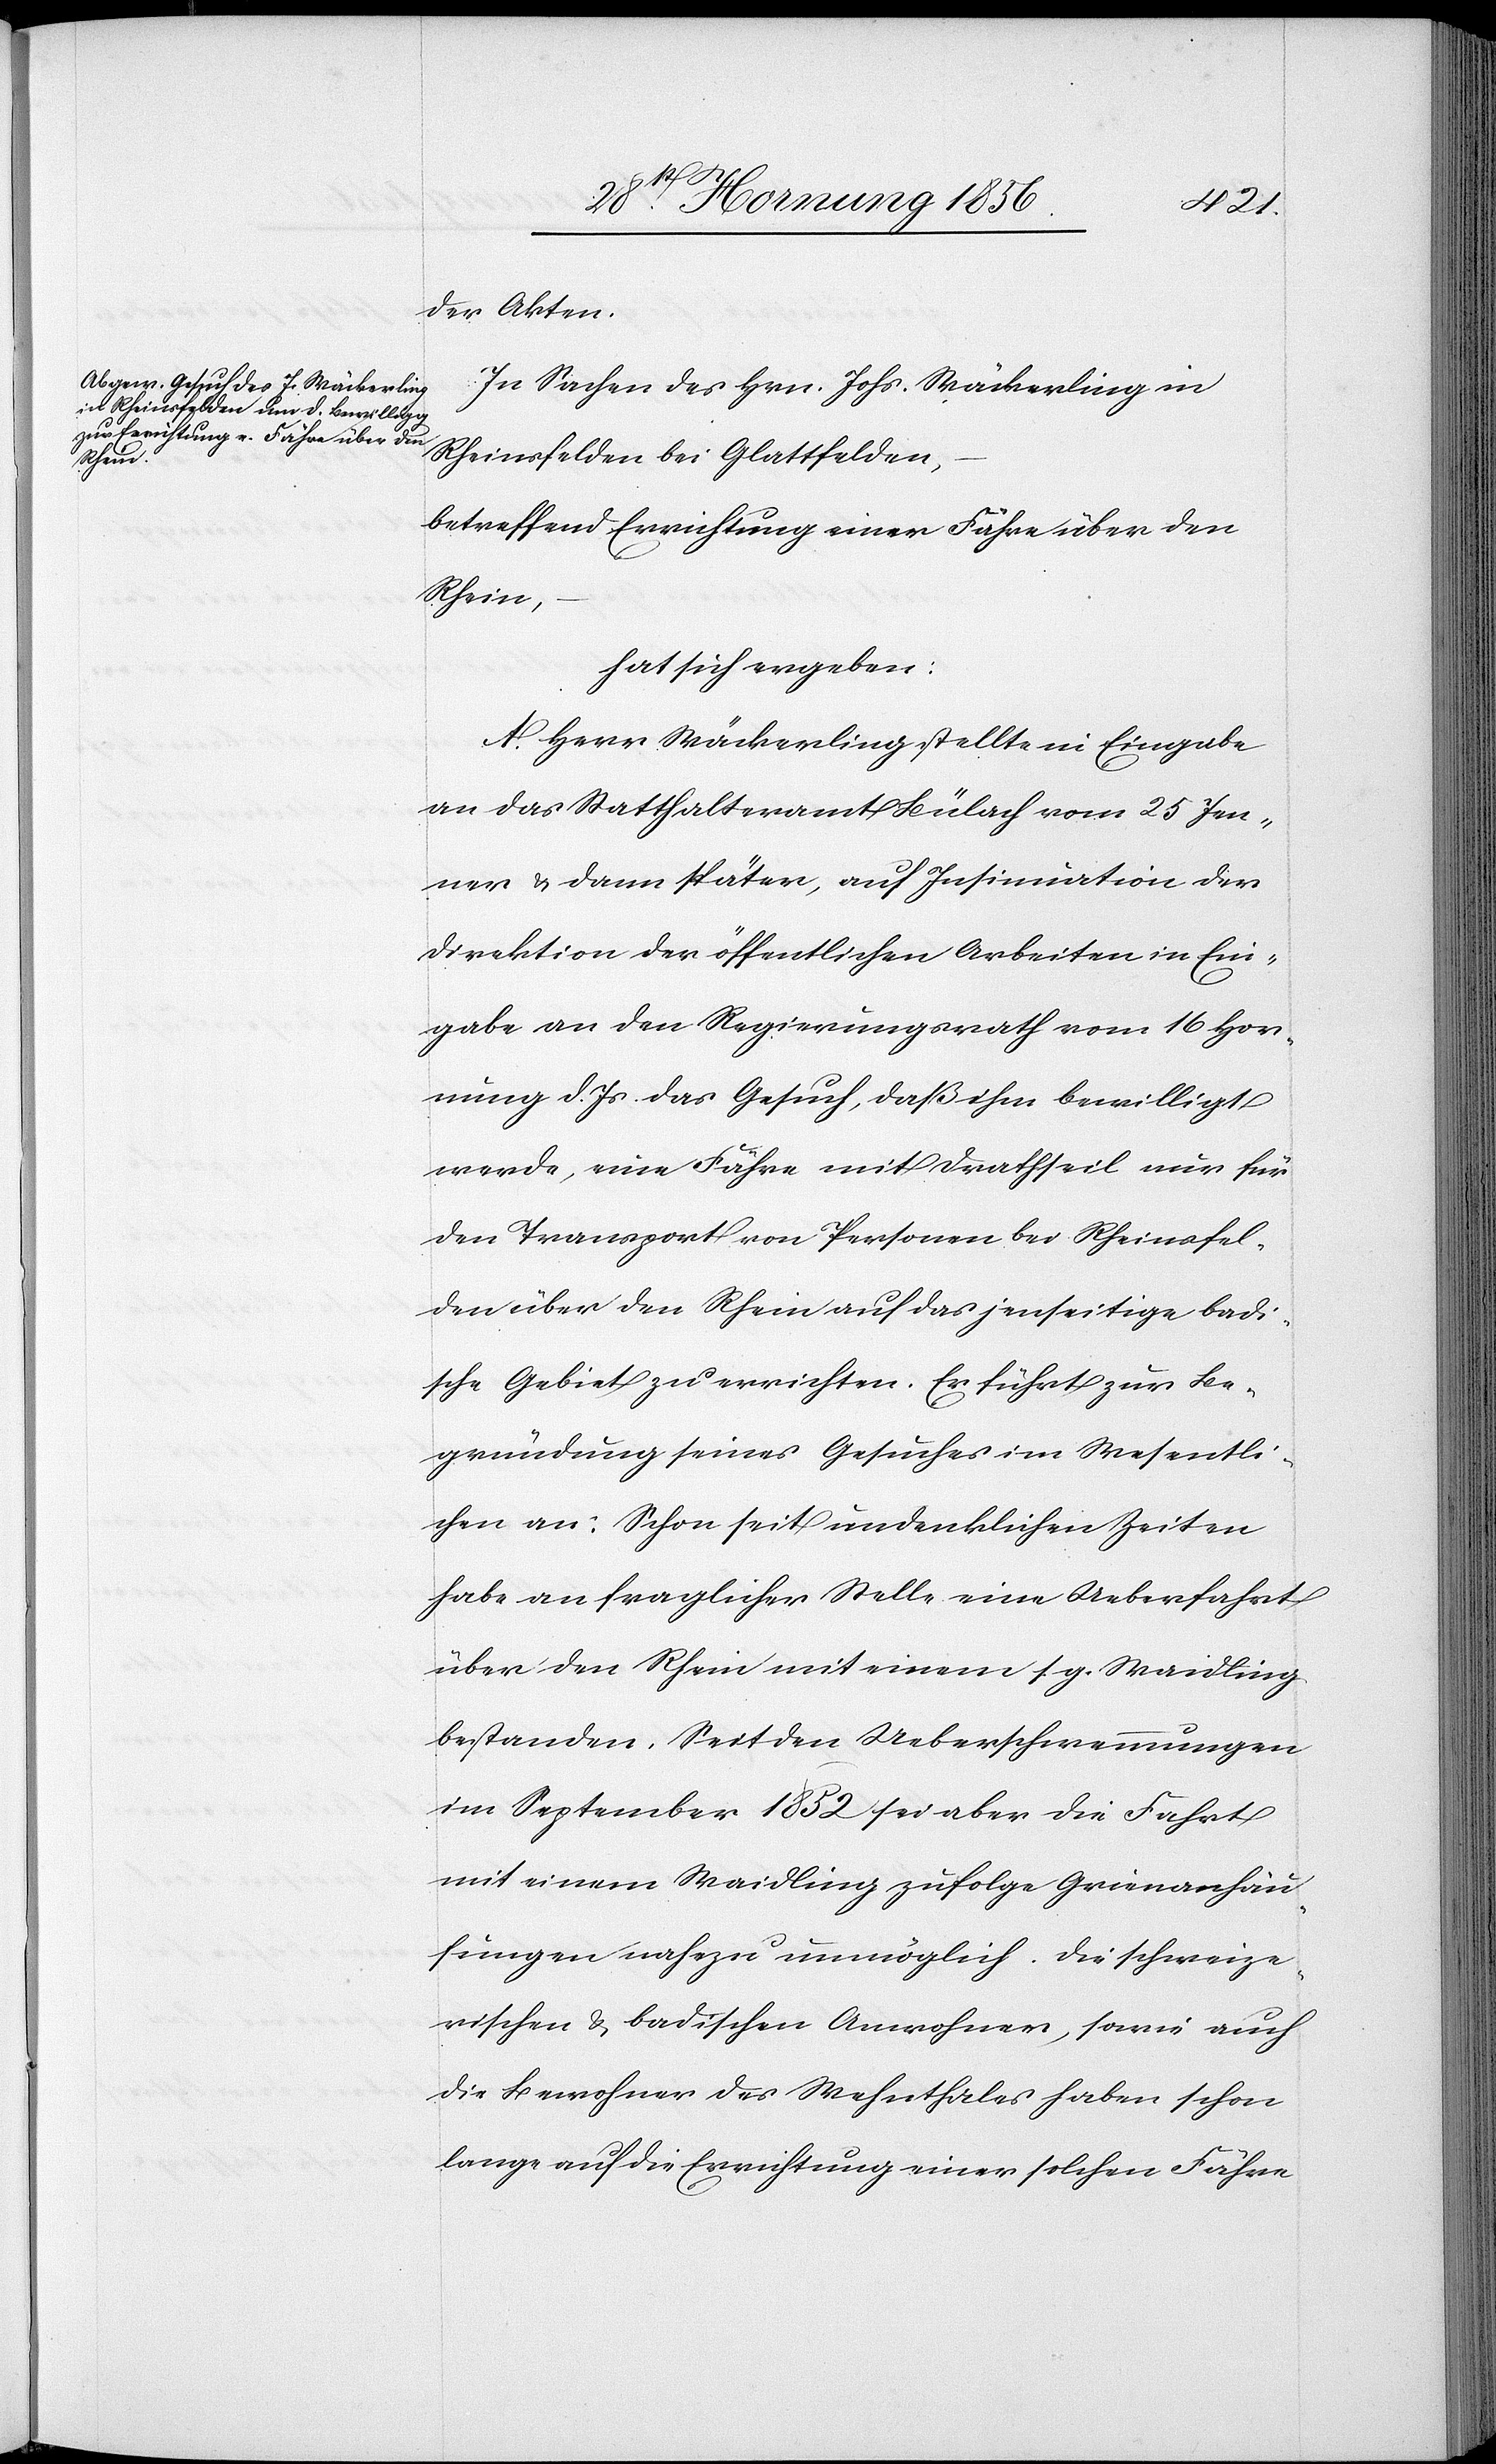
der Akten.
In Sachen des Hrn. Johs. Wäckerling in
Rheinsfelden bei Glattfelden,
betreffend Errichtung einer Fähre über den
Rhein,
hat sich ergeben:
A. Herr Wäckerling stellte in Eingabe
an das Statthalteramt Bülach vom 25 Jen¬
ner & dann später, auf Insinuation der
Direktion der öffentlichen Arbeiten in Ein¬
gabe an den Regierungsrath vom 16 Hor¬
nung d. Js. das Gesuch, daß ihm bewilligt
werde, eine Fähre mit Drathseil nur für
den Transport von Personen bei Rheinsfel¬
den über den Rhein auf das jenseitige badi¬
sche Gebiet zu errichten. Er führt zur Be¬
gründung seines Gesuches im Wesentli¬
chen an: Schon seit undenklichen Zeiten
habe an fraglicher Stelle eine Ueberfahrt
über den Rhein mit einem s. g. Waidling
bestanden. Seit den Ueberschwemmungen
im September 1852 sei aber die Fahrt
mit einem Waidling zufolge Grienanhäu¬
fungen nahezu unmöglich. Die schweize¬
rischen & badischen Anwohner, sowie auch
die Bewohner des Wehnthales haben schon
lange auf die Errichtung einer solchen Fähre